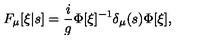
F _ { \mu } [ \xi | s ] = \frac { i } { g } \Phi [ \xi ] ^ { - 1 } \delta _ { \mu } ( s ) \Phi [ \xi ] ,